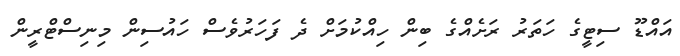
އައްޑޫ ސިޓީގެ ހަތަރު ރަށެއްގެ ބިން ހިއްކުމަށް ދެ ފަހަރުވެސް ހައުސިން މިނިސްޓްރީން